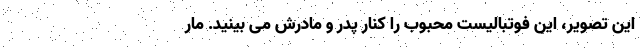
این تصویر، این فوتبالیست محبوب را کنار پدر و مادرش می بینید. مار